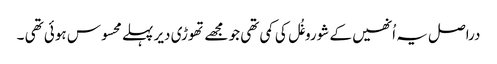
دراصل یہ اُنھیں کے شوروغُل کی کمی تھی جو مجھے تھوڑی دیر پہلے محسوس ہوئی تھی ۔